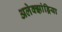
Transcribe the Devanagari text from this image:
अलेक्‍झांड्रिया